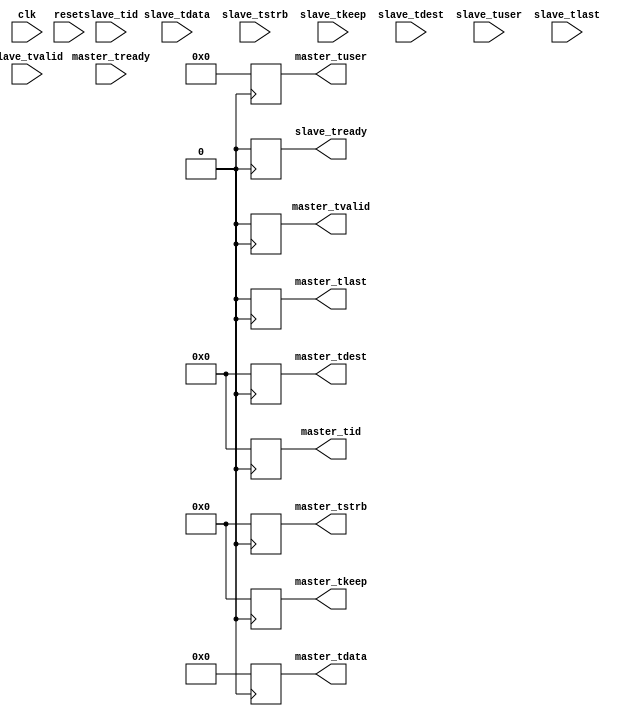
module noc_router_adapter_block(
    clk,
    reset,
    master_tready,
    master_tdata, /* synthesis preserve */
    master_tvalid, /* synthesis preserve */
    master_tstrb, /* synthesis preserve */
    master_tkeep, /* synthesis preserve */
    master_tid, /* synthesis preserve */
    master_tdest, /* synthesis preserve */
    master_tuser, /* synthesis preserve */
    master_tlast, /* synthesis preserve */
    slave_tvalid,
    slave_tready, /* synthesis preserve */
    slave_tdata,
    slave_tstrb,
    slave_tkeep,
    slave_tid,
    slave_tdest,
    slave_tuser,
    slave_tlast,
);

parameter noc_dw = 512; //NoC Data Width
parameter byte_dw = 8;
parameter user_dw = 32; 

/*****************INPUT/OUTPUT Definition********************/

/*control signal*/
input wire clk;
input wire reset;

/*Master*/
input wire master_tready;
output reg master_tvalid;
output reg [noc_dw - 1 : 0] master_tdata;
output reg [noc_dw / byte_dw - 1 : 0] master_tstrb;
output reg [noc_dw / byte_dw - 1 : 0] master_tkeep;
output reg [byte_dw - 1 : 0] master_tid;
output reg [byte_dw - 1 : 0] master_tdest;
output reg [user_dw - 1 : 0] master_tuser;
output reg master_tlast;

/*Slave*/
input wire slave_tvalid;
input wire [noc_dw - 1 : 0] slave_tdata;
input wire [noc_dw / byte_dw - 1 : 0] slave_tstrb;
input wire [noc_dw / byte_dw - 1 : 0] slave_tkeep;
input wire [byte_dw - 1 : 0] slave_tid;
input wire [byte_dw - 1 : 0] slave_tdest;
input wire [user_dw - 1 : 0] slave_tuser; 
input wire slave_tlast;
output reg slave_tready;

// registering all the out put ports so they are preserved in the vqm output //

wire temp_clk; /* synthesis keep */

always @(posedge temp_clk)
begin
	master_tvalid	<= 0;
	master_tdata 	<= 0;
	master_tstrb 	<= 0;
	master_tkeep 	<= 0;
	master_tid		<= 0;
	master_tdest	<= 0;
	master_tuser	<= 0;
	master_tlast	<= 0;
	slave_tready	<= 0; 
end
endmodule